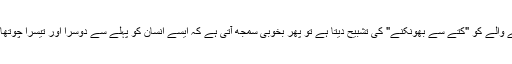
اگرکوئی خود کو "عقلِ کل" سمجھ لیتا ہے اور اپنے خلاف بات کرنے والے کو "کتے سے بھونکنے" کی تشبیح دیتا ہے تو پھر بخوبی سمجھ آتی ہے کہ ایسے انسان کو پہلے سے دوسرا اور تیسرا چوتھا پانچواں اور چھٹا ساتواں انسان بنانے کی آئی ڈی کیوں پیش آتی ہے۔